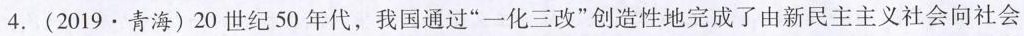
4.(2019·青海)20世纪50年代，我国通过”一化三改”创造性地完成了由新民主主义社会向社会